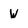
Character: w